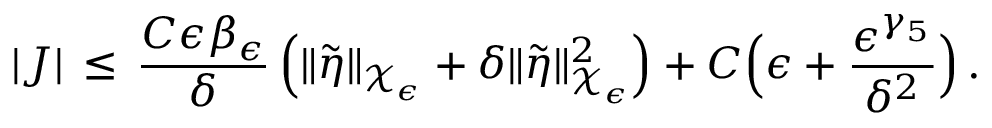
| J | \, \le \, \frac { C \epsilon \beta _ { \epsilon } } { \delta } \, \Bigl ( \| \tilde { \eta } \| _ { \mathcal { X } _ { \epsilon } } + \delta \| \tilde { \eta } \| _ { \mathcal { X } _ { \epsilon } } ^ { 2 } \Bigr ) + C \Bigl ( \epsilon + \frac { \epsilon ^ { \gamma _ { 5 } } } { \delta ^ { 2 } } \Bigr ) \, .